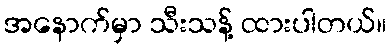
အနောက်မှာ သီးသန့် ထားပါတယ်။